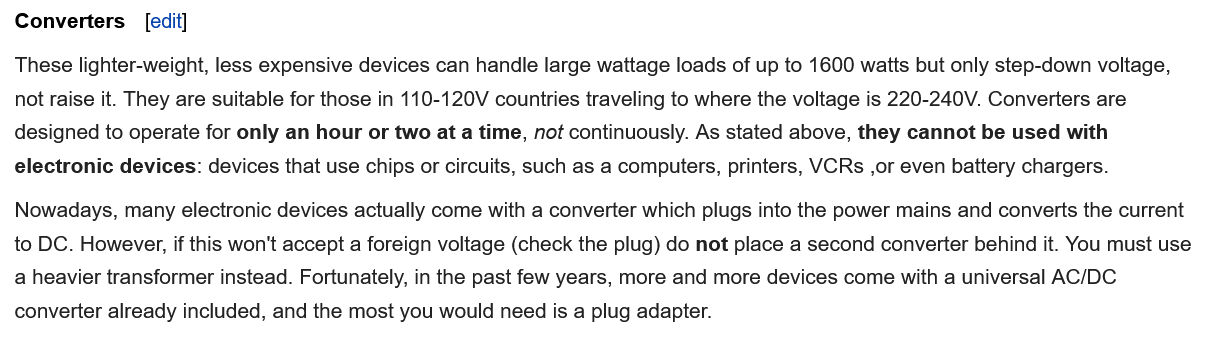
[edit]
  Nowadays, many electronic devices actually come with a converter which plugs into the power mains and converts the current
  to DC. However, if this won't accept a foreign voltage (check the plug) do not place a second converter behind it. You must use
  a heavier transformer instead. Fortunately, in the past few years, more and more devices come with a universal AC/DC.
  converter already included, and the most you would need is a plug adapter.
  These lighter-weight, less expensive devices can handle large wattage loads of up to 1600 watts but only step-down voltage,
  not raise it. They are suitable for those in 110-120V countries traveling to where the voltage is 220-240V. Converters are
  designed to operate for only an hour or two at a time, not continuously. As stated above, they cannot be used with
  electronic devices: devices that use chips or circuits, such as a computers, printers, VCRs ,or even battery chargers.
  Converters